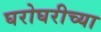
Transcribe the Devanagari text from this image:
घरोघरीच्या